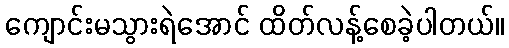
ကျောင်းမသွားရဲအောင် ထိတ်လန့်စေခဲ့ပါတယ်။